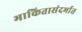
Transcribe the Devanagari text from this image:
भाकितासंदर्भात